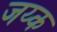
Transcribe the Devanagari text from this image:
जय्क